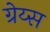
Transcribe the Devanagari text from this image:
ग्रेय्स